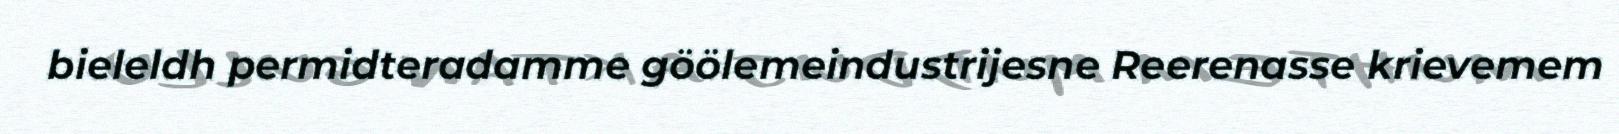
bieleldh permidteradamme göölemeindustrijesne Reerenasse krievemem